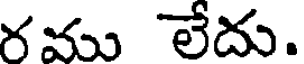
రము లేదు.